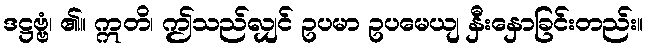
ဒဋ္ဌဗ္ဗံ၊ ၏။ ဣတိ၊ ဤသည်လျှင် ဥပမာ ဥပမေယျ နှီးနှောခြင်းတည်း။